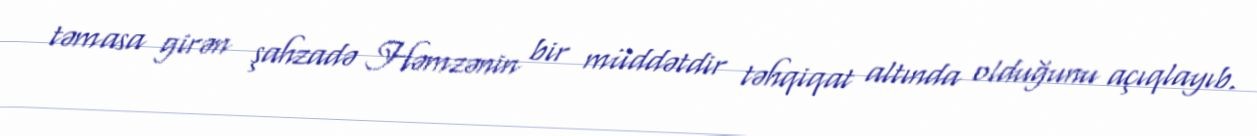
təmasa girən şahzadə Həmzənin bir müddətdir təhqiqat altında olduğunu açıqlayıb.